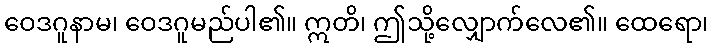
ဝေဒဂူနာမ၊ ဝေဒဂူမည်ပါ၏။ ဣတိ၊ ဤသို့လျှောက်လေ၏။ ထေရော၊